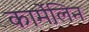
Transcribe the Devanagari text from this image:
कार्मेलिन